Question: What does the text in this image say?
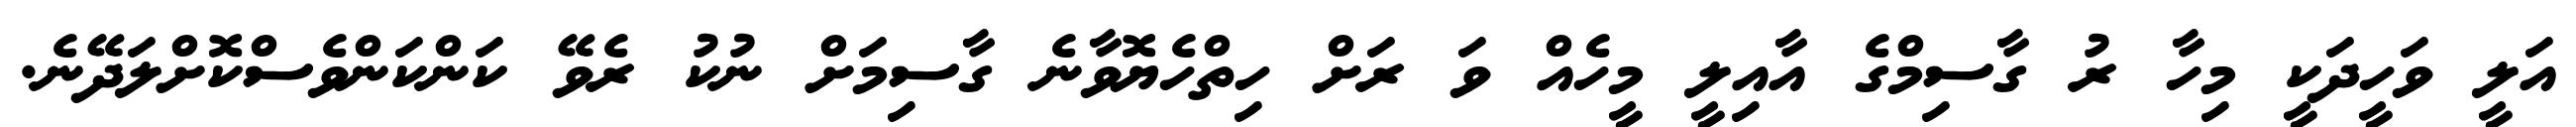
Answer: އަލީ ވަހީދަކީ މިހާ ރު ގާސިމްގެ އާއިލީ މީހެއް ވަ ރަށް ހިތްހެޔޮވާނެ ގާސިމަށް ނުކު ރެވޭ ކަންކަންވެސްކޮށްލަދޭނެ.